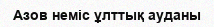
Азов неміс ұлттық ауданы